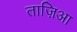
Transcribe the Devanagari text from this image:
ताज़िआ